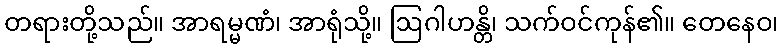
တရားတို့သည်။ အာရမ္မဏံ၊ အာရုံသို့။ ဩဂါဟန္တိ၊ သက်ဝင်ကုန်၏။ တေနေဝ၊